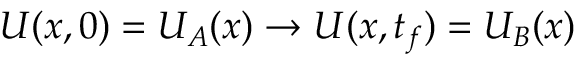
U ( { \boldsymbol { x } } , 0 ) = U _ { A } ( { \boldsymbol { x } } ) \rightarrow U ( { \boldsymbol { x } } , t _ { f } ) = U _ { B } ( { \boldsymbol { x } } )